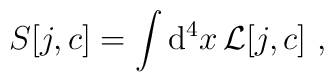
S[j,c] = \int {\rm d}^4 x \,  {\cal L} [j,c] \ ,